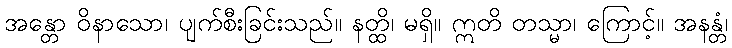
အန္တော ဝိနာသော၊ ပျက်စီးခြင်းသည်။ နတ္ထိ၊ မရှိ။ ဣတိ တသ္မာ၊ ကြောင့်။ အနန္တံ၊